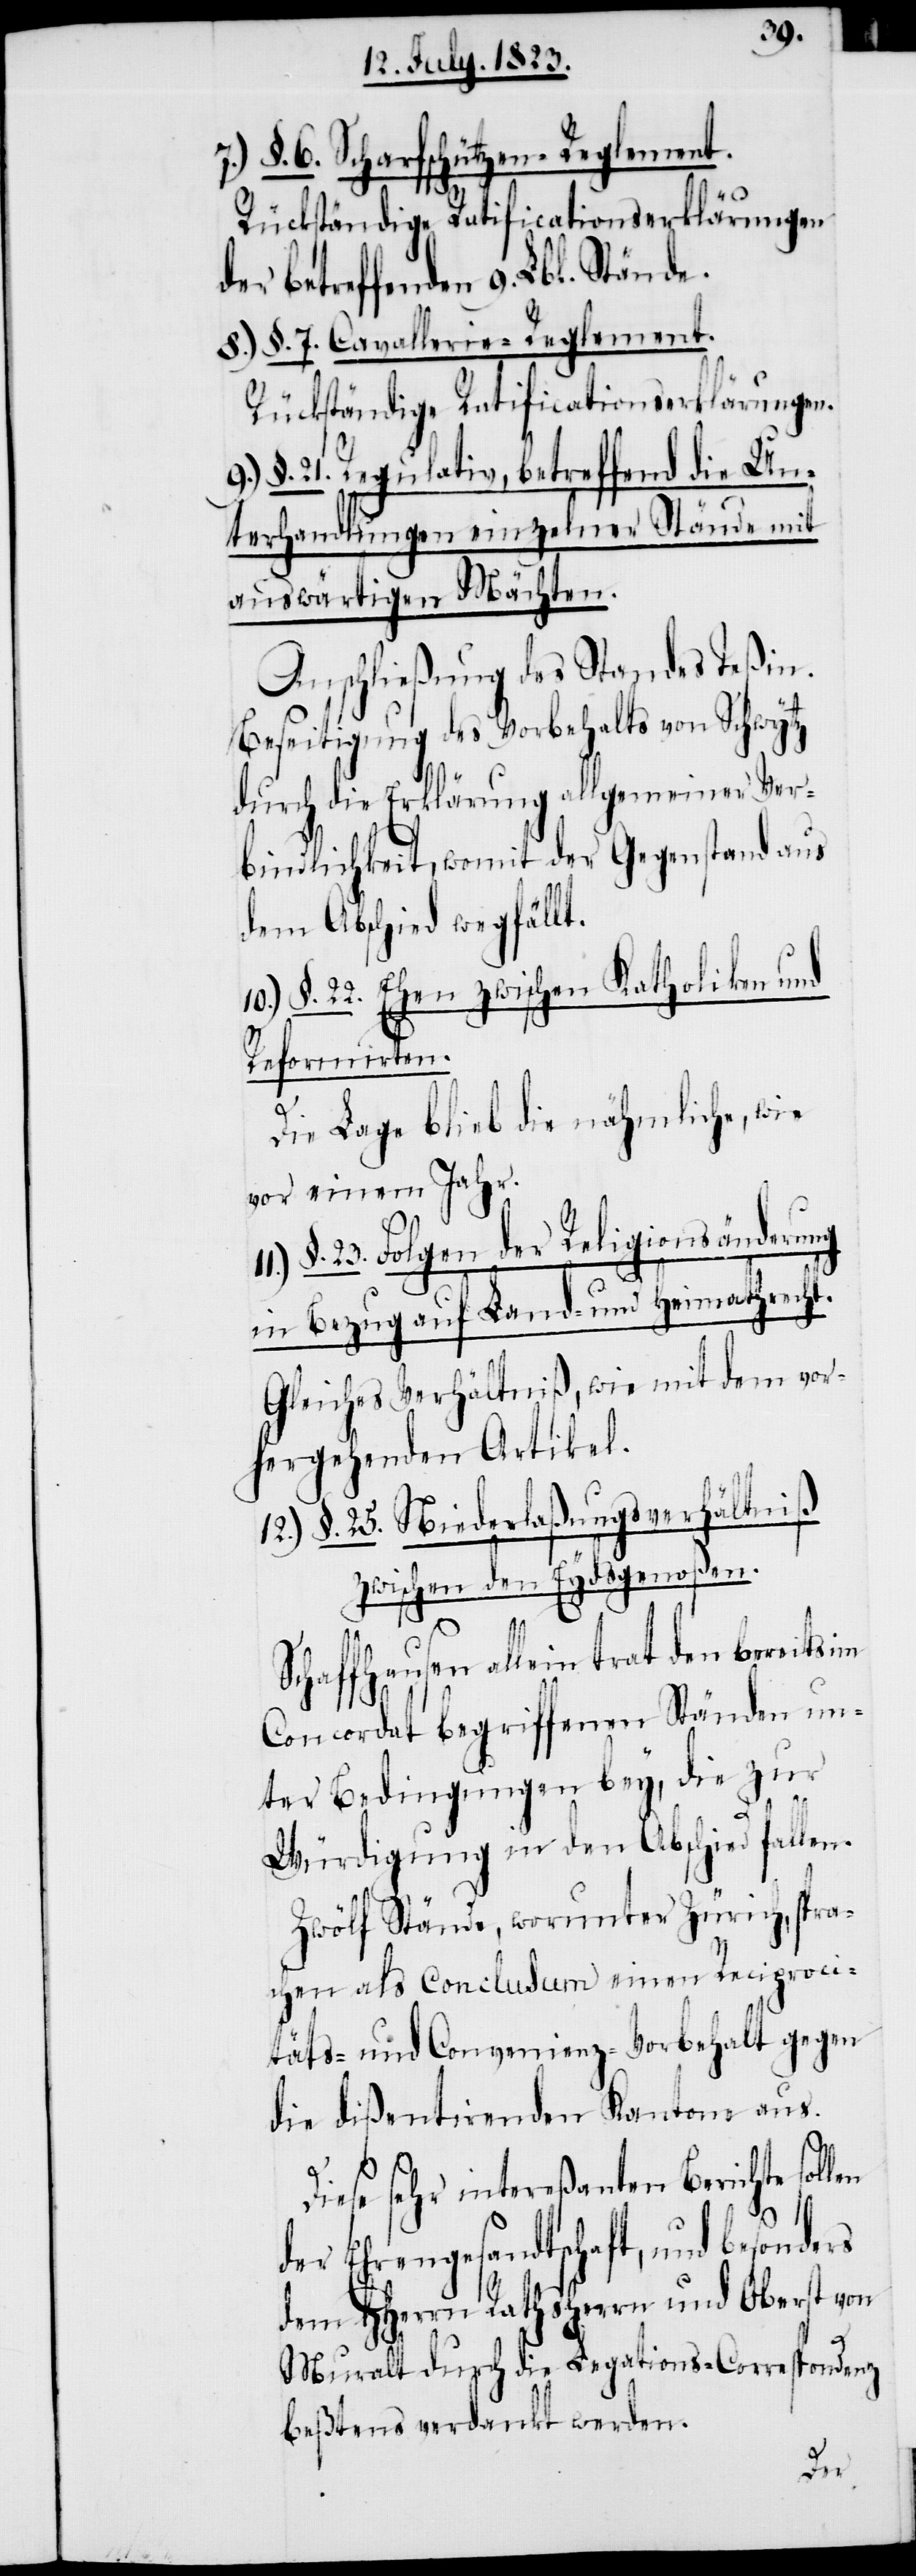
§. 6. Scharfschützen-Reglement.
rs
en
Rückständige Ratificationserklärungen
der betreffenden 9. Lbl. Stände.
8.) §. 7. Cavallerie-Reglement.
Rückständige Ratificationserklärungen.
9.) §. 21. Regulativ, betreffend die Un¬
terhandlungen einzelner Stände mit
auswärtigen Mächten.
Anschließung des Standes Teßin.
Beseitigung des Vorbehalts von Schwytz
durch die Erklärung allgemeiner Ver¬
bindlichkeit, womit der Gegenstand aus
dem Abschied wegfällt.
§. 22. Ehen zwischen Katholiken und
Reformirten.
Die Lage blieb die nähmliche, wie
vor einem Jahr.
§. 23. Folgen der Religionsänderung
in Bezug auf Land- und Heimathrecht.
Gleiches Verhältniß, wie mit dem vor¬
hergehenden Artikel.
12.) §. 25. Niederlaßungsverhältniß
zwischen den Eydsgenoßen.
Schaffhausen allein trat den bereits im
Concordat begriffenen Ständen un¬
ter Bedingung bey, die zur
Würdigung in den Abschied fallen.
Zwölf Stände, worunter Zürich, spra¬
chen als Conclusum einen Reciproci¬
täts- und Convenienz-Vorbehalt gegen
die dießentirenden Kantone aus.
Diese sehr intereßanten Berichte soll¬
der Ehrengesandtschaft, und besonde¬
dem HHerrn Rathsherrn und Oberst von
Muralt durch die Legations-Correspondenz
beßtens verdankt werden.